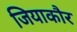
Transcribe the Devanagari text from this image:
जियाकौर